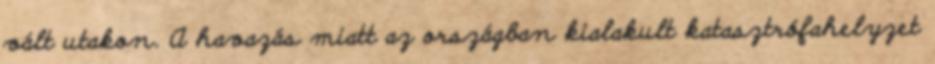
vált utakon. A havazás miatt az országban kialakult katasztrófahelyzet